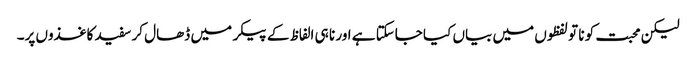
لیکن محبت کو نا تو لفظوں میں بیاں کیا جاسکتا ہے اور نا ہی الفاظ کے پیکر میں ڈھال کر سفید کاغذوں پر۔